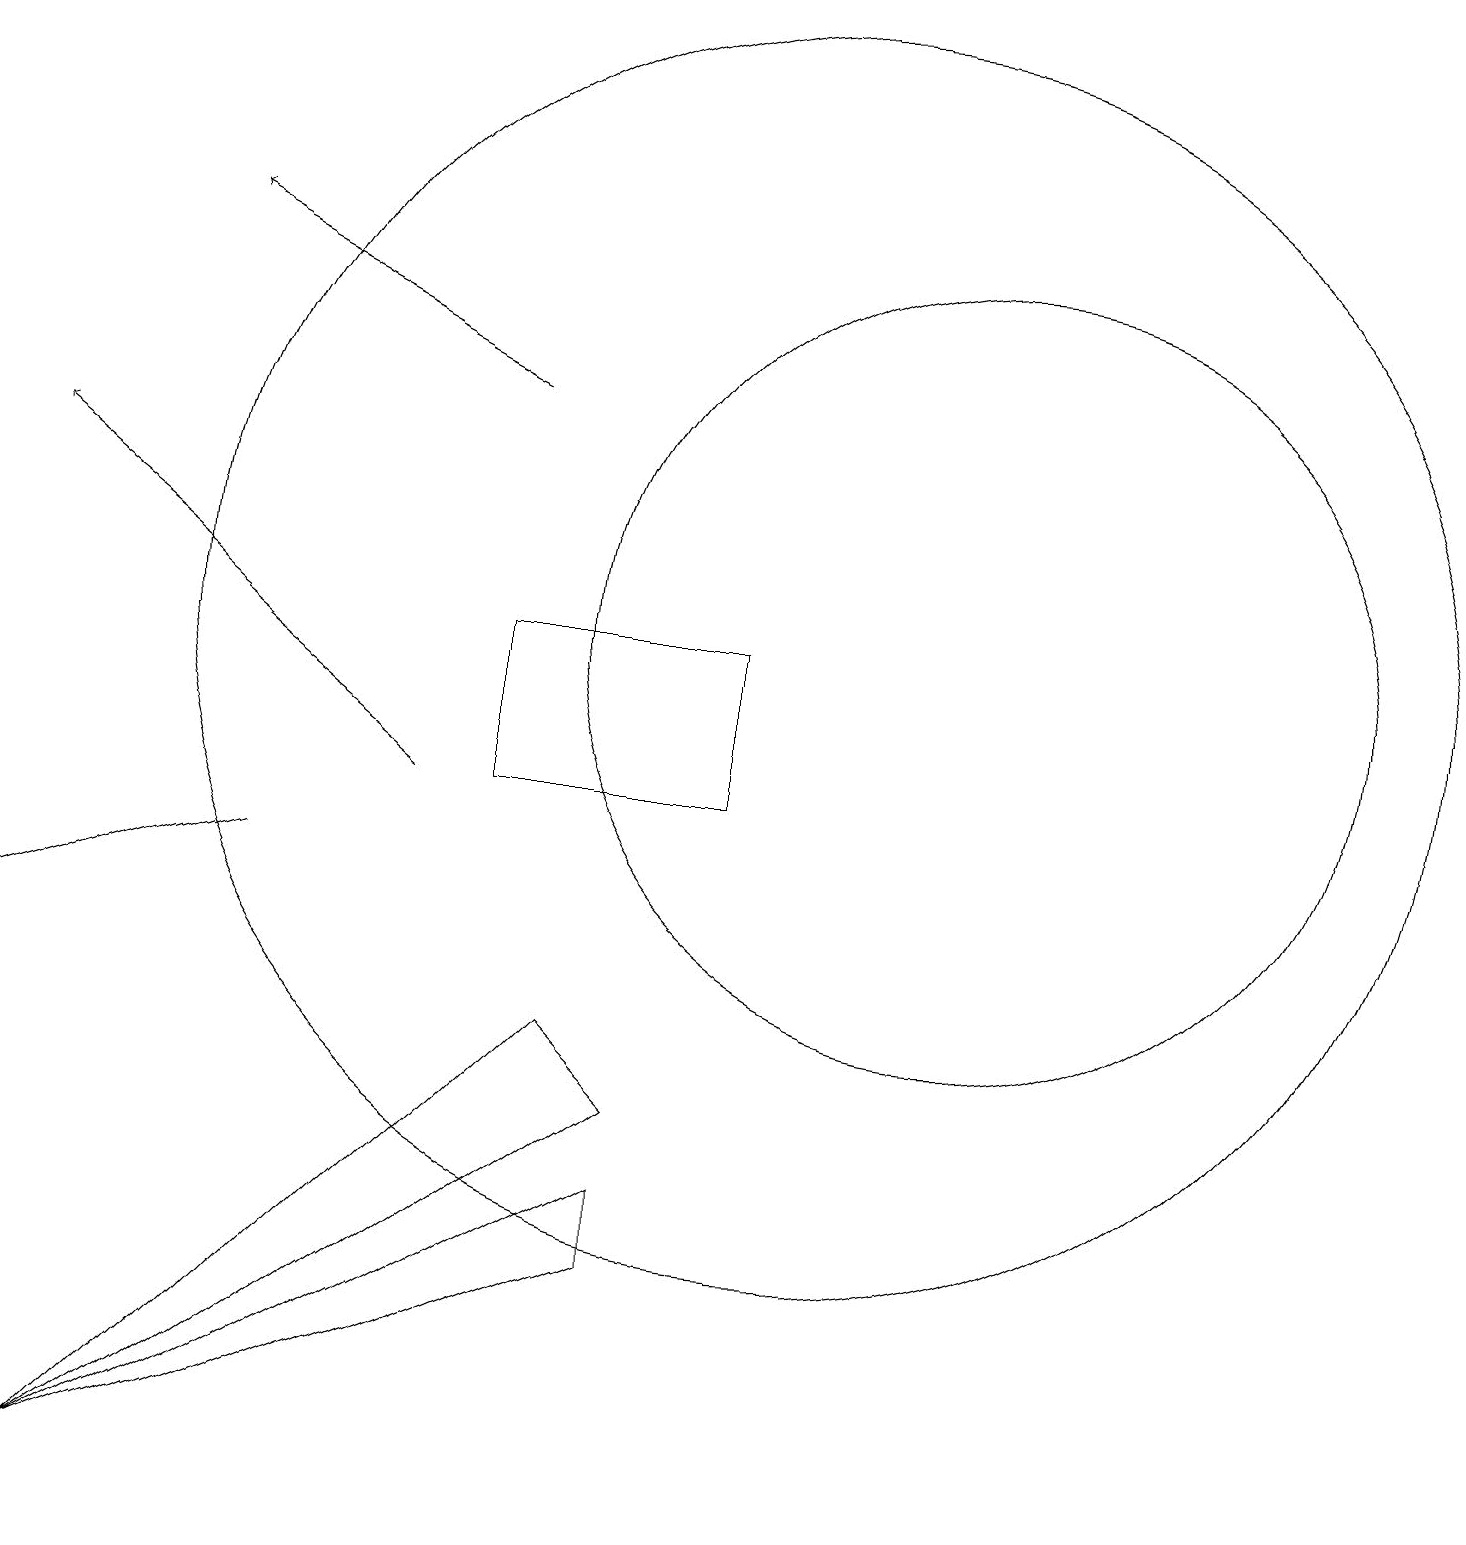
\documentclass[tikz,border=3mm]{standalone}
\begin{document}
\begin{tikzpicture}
\draw (12,12) circle (5);
\draw (8,6) -- (7,7) -- (1,1) -- cycle;
\draw (6,10) rectangle (9,12);
\draw (3,9) -- (0,8) -- (3,9) -- cycle;
\draw[->] (5,10) -- (0,14);
\draw (10,12) circle (8);
\draw[->] (6,15) -- (2,17);
\draw (1,1) -- (8,5) -- (8,4) -- cycle;
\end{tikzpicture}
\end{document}